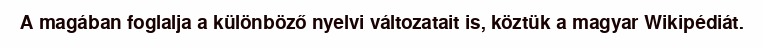
A magában foglalja a különböző nyelvi változatait is, köztük a magyar Wikipédiát.